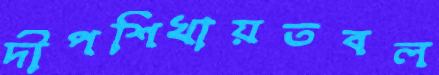
দীপশিখায়তবল